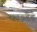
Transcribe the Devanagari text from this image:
फाऊंडेड